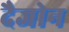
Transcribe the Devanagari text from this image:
दैजोन